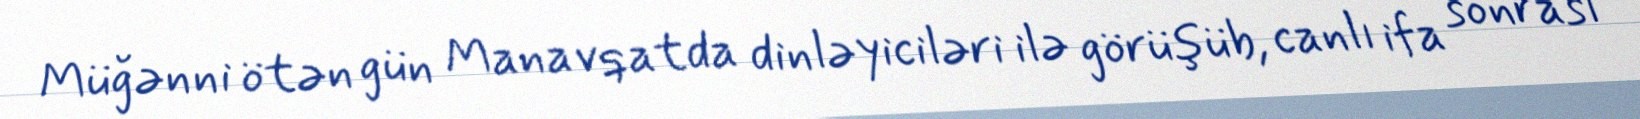
Müğənni ötən gün Manavqatda dinləyiciləri ilə görüşüb, canlı ifa sonrası